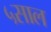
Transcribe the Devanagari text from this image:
५साल